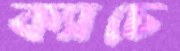
ক্যাচে